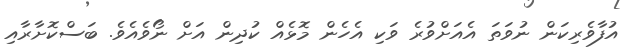
އުފާވެރިކަން ނުވަތަ އެއަށްވުރެ ވަކި އެހެން މޮޅެއް ކުދިން އަށް ނޯވެއެވެެ. ބަސްކޮށާރާއި